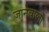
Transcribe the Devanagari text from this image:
जानेबाला